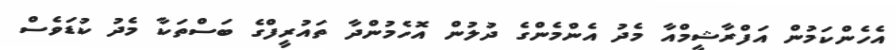
އެހެންކަމުން އަފްރާޝީމްއާ މެދު އެންމެންގެ ދުލުން އޮހެމުންދާ ތައުރީފްގެ ބަސްތަކާ މެދު ކުޑަވެސް